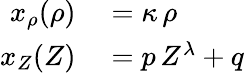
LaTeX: \begin{array}{rl}{x_{\rho}(\rho)}&{{}=\kappa\, \rho}\\ {x_{Z}(Z)}&{{}=p\, Z^{\lambda}+q}\end{array}